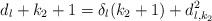
LaTeX: \begin{align*}d_{l} + k_{2} + 1 = \delta_{l}(k_{2}+1) + d_{l,k_{2}}^{2} \end{align*}